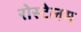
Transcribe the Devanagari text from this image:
रोस्टेलम